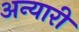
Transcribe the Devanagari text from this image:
अन्यारी